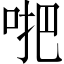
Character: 𠴙